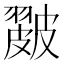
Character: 𥀘